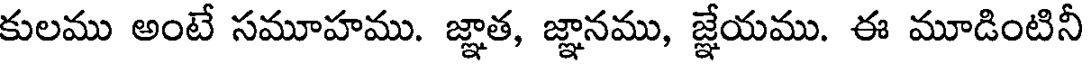
కులము అంటే సమూహము. జ్ఞాత, జ్ఞానము, జ్ఞేయము. ఈ మూడింటినీ